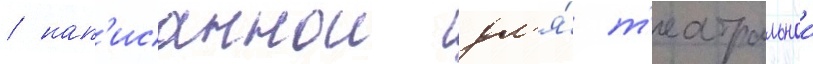
/ нап'исаннои дл'я́ т'еатральнои